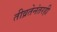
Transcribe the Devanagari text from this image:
तीव्रतेनंतरही